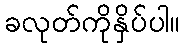
ခလုတ်ကိုနှိပ်ပါ။